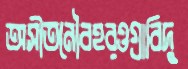
অসীতনৌবহরওগ্‌রাবিদু